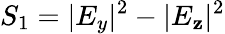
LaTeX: S_{1}=|E_{y}|^{2}-|E_{\mathbf{z}}|^{2}